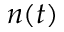
n ( t )